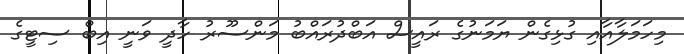
މިހަމަލާއާއި ގުޅިގެން ޔަމަނުގެ ރައީސް އަބްދުރައްބު މަންސޫރު ހާދީ ވަނީ އިބް ސިޓީގެ